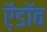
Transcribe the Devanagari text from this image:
ऍ़डॉब